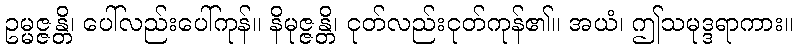
ဥမ္မဇ္ဇန္တိ၊ ပေါ်လည်းပေါ်ကုန်။ နိမုဇ္ဇန္တိ၊ ငုတ်လည်းငုတ်ကုန်၏။ အယံ၊ ဤသမုဒ္ဒရာကား။